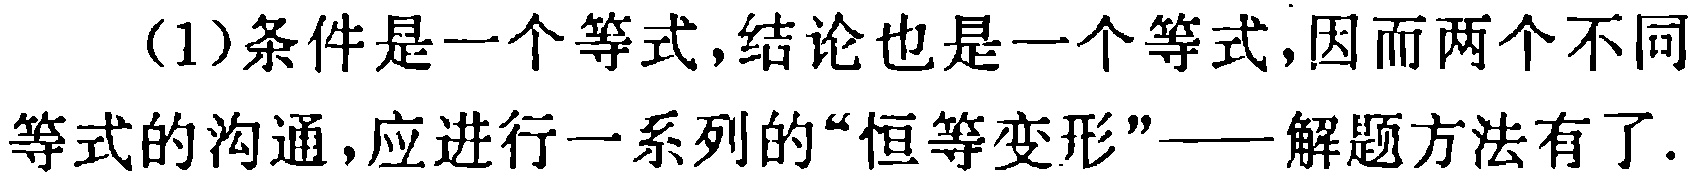
(1)条件是一个等式,结论也是一个等式,因而两个不同等式的沟通,应进行一系列的“恒等变形”——解题方法有了.